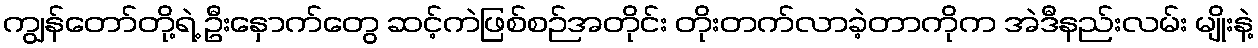
ကျွန်တော်တို့ရဲ့ ဦးနှောက်တွေ ဆင့်ကဲဖြစ်စဉ်အတိုင်း တိုးတက်လာခဲ့တာကိုက အဲဒီနည်းလမ်း မျိုးနဲ့